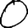
Digit: 0